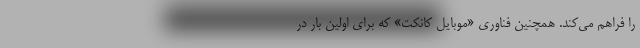
را فراهم می‌کند. همچنین فناوری «موبایل کانکت» که برای اولین بار در